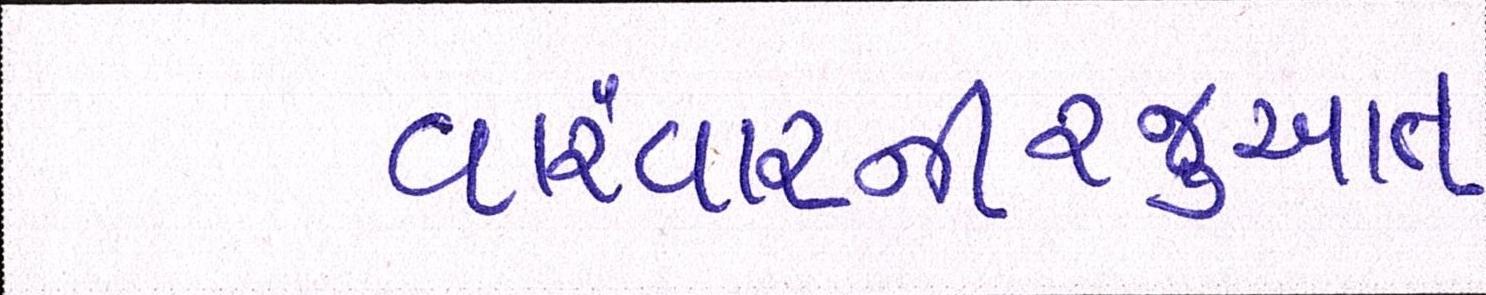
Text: વારંવારનીરજુઆત